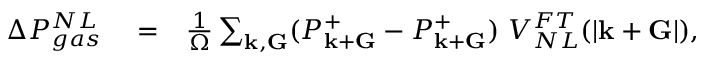
\begin{array} { r l r } { \Delta P _ { g a s } ^ { N L } } & { { } = } & { \frac { 1 } { \Omega } \sum _ { { \bf k } , { \bf G } } ( P _ { { \bf k } + { \bf G } } ^ { + } - P _ { { \bf k } + { \bf G } } ^ { + } ) ~ V _ { N L } ^ { F T } ( | { \bf k } + { \bf G } | ) , } \end{array}